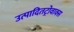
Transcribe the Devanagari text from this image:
उत्पादितट्रोवाक्स